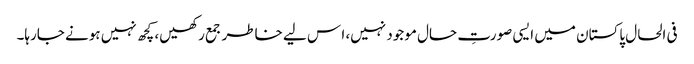
فی الحال پاکستان میں ایسی صورتِ حال موجود نہیں، ا س لیے خاطر جمع رکھیں، کچھ نہیں ہونے جارہا۔